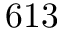
6 1 3